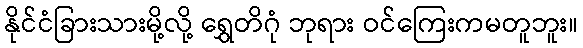
နိုင်ငံခြားသားမို့လို့ ရွှေတိဂုံ ဘုရား ဝင်ကြေးကမတူဘူး။